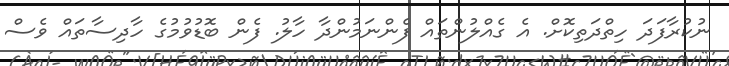
ނުކުރާފަދަ ހިތްދަތިކޮށް. އެ ގެއްލުންތައް ފެންނަމުންދާ ހާލު. ފެން ބޮޑުވުމުގެ ހާދިސާތައް ވެސް